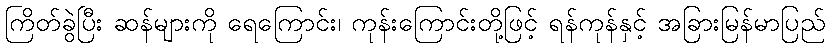
ကြိတ်ခွဲပြီး ဆန်များကို ရေကြောင်း၊ ကုန်းကြောင်းတို့ဖြင့် ရန်ကုန်နှင့် အခြားမြန်မာပြည်